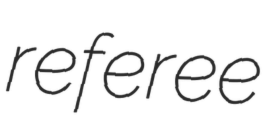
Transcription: referee